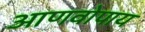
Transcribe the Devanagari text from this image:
आणवोपाय